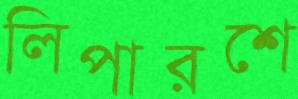
লিপারশে